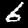
Label: 6